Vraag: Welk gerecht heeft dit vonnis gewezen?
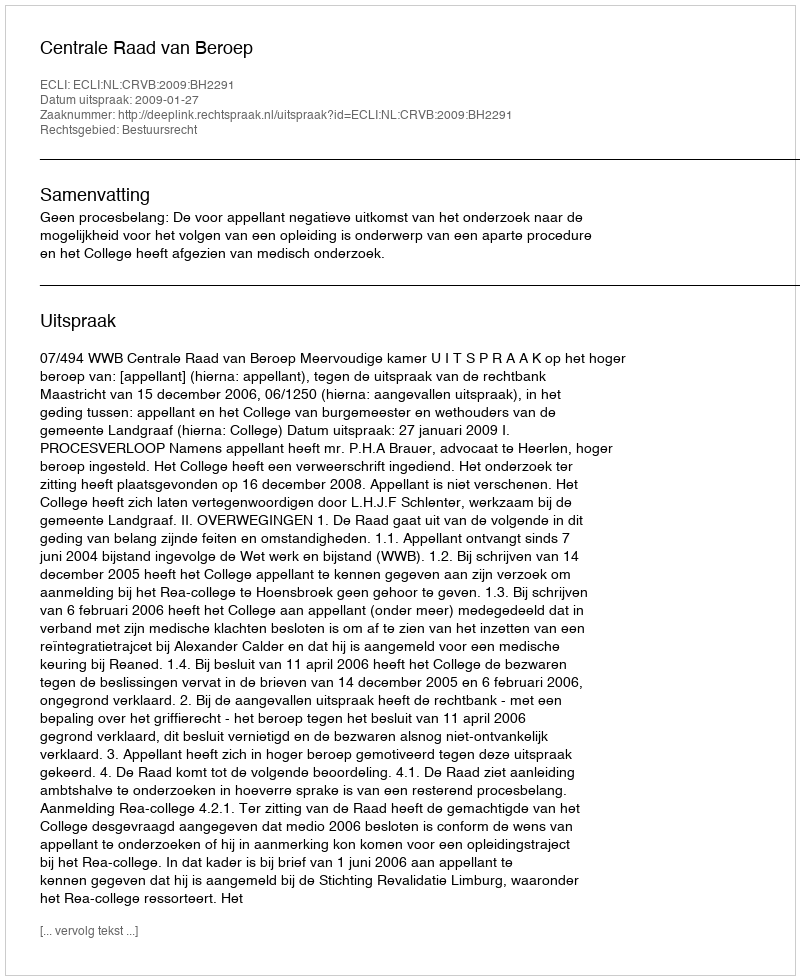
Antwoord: Centrale Raad van Beroep